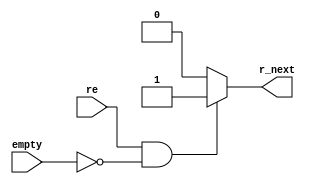
// A asynchronous fifo read logic

module read_logic (
    input       re,              // Read enable
    input       empty,           // Empty
    output reg  r_next);         // Read next

    //If FIFO empty read counter should not increment
    always @(*) begin
        if (re && (!empty))
            r_next=1;
        else
            r_next=0;
    end

endmodule